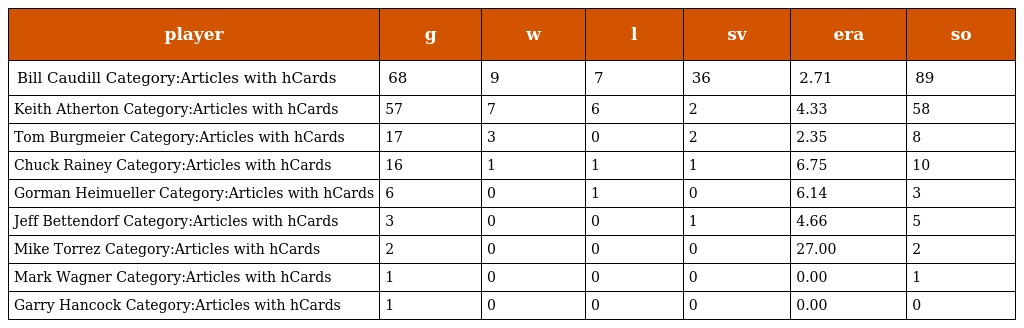
| player | g | w | l | sv | era | so |
 | --- | --- | --- | --- | --- | --- | --- |
 | Bill Caudill Category:Articles with hCards | 68 | 9 | 7 | 36 | 2.71 | 89 |
 | Keith Atherton Category:Articles with hCards | 57 | 7 | 6 | 2 | 4.33 | 58 |
 | Tom Burgmeier Category:Articles with hCards | 17 | 3 | 0 | 2 | 2.35 | 8 |
 | Chuck Rainey Category:Articles with hCards | 16 | 1 | 1 | 1 | 6.75 | 10 |
 | Gorman Heimueller Category:Articles with hCards | 6 | 0 | 1 | 0 | 6.14 | 3 |
 | Jeff Bettendorf Category:Articles with hCards | 3 | 0 | 0 | 1 | 4.66 | 5 |
 | Mike Torrez Category:Articles with hCards | 2 | 0 | 0 | 0 | 27.00 | 2 |
 | Mark Wagner Category:Articles with hCards | 1 | 0 | 0 | 0 | 0.00 | 1 |
 | Garry Hancock Category:Articles with hCards | 1 | 0 | 0 | 0 | 0.00 | 0 |